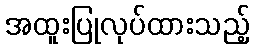
အထူးပြုလုပ်ထားသည့်